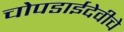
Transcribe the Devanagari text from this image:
चोपडाईदेवीचे